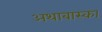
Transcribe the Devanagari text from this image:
अथाबास्का